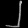
Digit: ၂